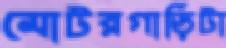
মোটরগাড়িটা